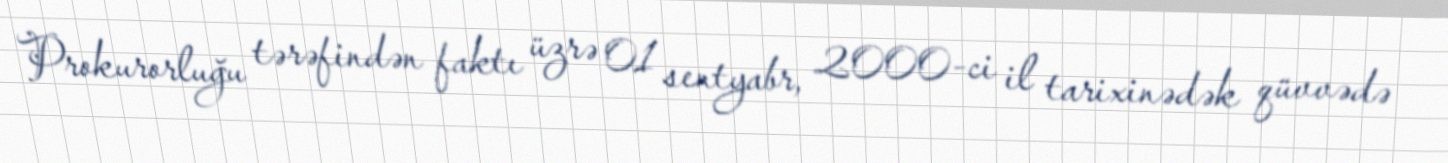
Prokurorluğu tərəfindən faktı üzrə 01 sentyabr, 2000-ci il tarixinədək qüvvədə